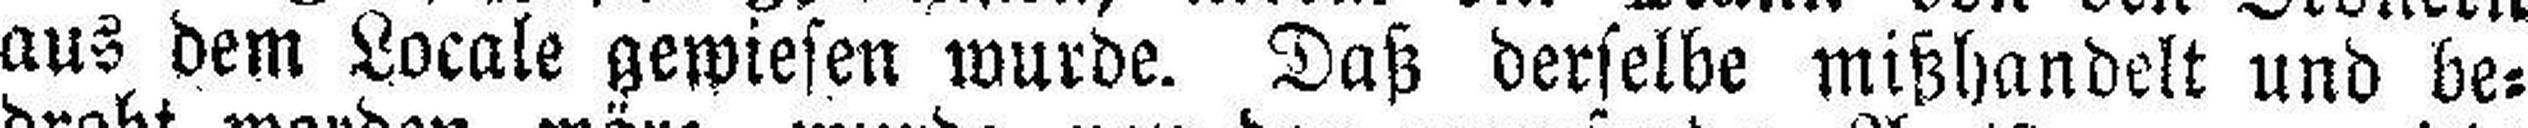
aus dem Locale gewiesen wurde. Daß derselbe mißhandelt und be¬